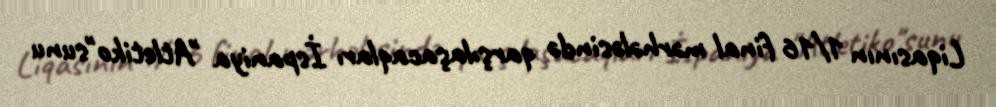
Liqasının 1/16 final mərhələsində qarşılaşacaqları İspaniya "Atletiko"sunu